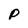
Character: P